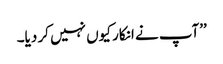
’’آپ نے انکار کیوں نہیں کر دیا۔